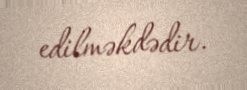
edilməkdədir.